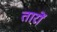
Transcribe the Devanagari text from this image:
तारों